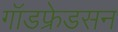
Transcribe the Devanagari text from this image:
गॉडफ्रेडसन